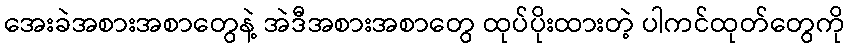
အေးခဲအစားအစာတွေနဲ့ အဲဒီအစားအစာတွေ ထုပ်ပိုးထားတဲ့ ပါကင်ထုတ်တွေကို